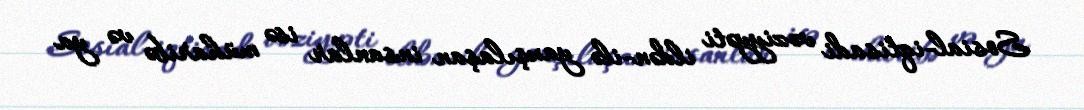
Sosial-iqtisadi vəziyyəti ildən-ilə yaxşılaşan insanlar isə müharibə və ya